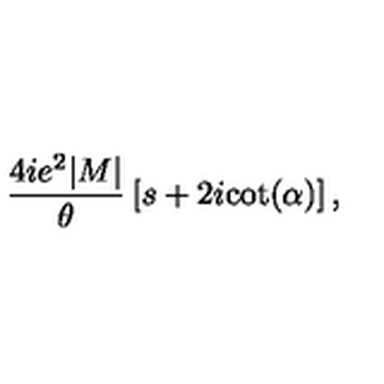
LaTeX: \frac { 4 i e ^ { 2 } | M | } { \theta } \left[ s + 2 i \mathrm { c o t } ( \alpha ) \right] ,